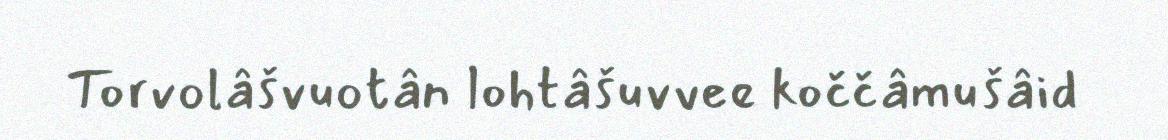
Torvolâšvuotân lohtâšuvvee koččâmušâid